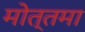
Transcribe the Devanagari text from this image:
मोत्तमा